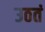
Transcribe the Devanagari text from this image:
उठतं